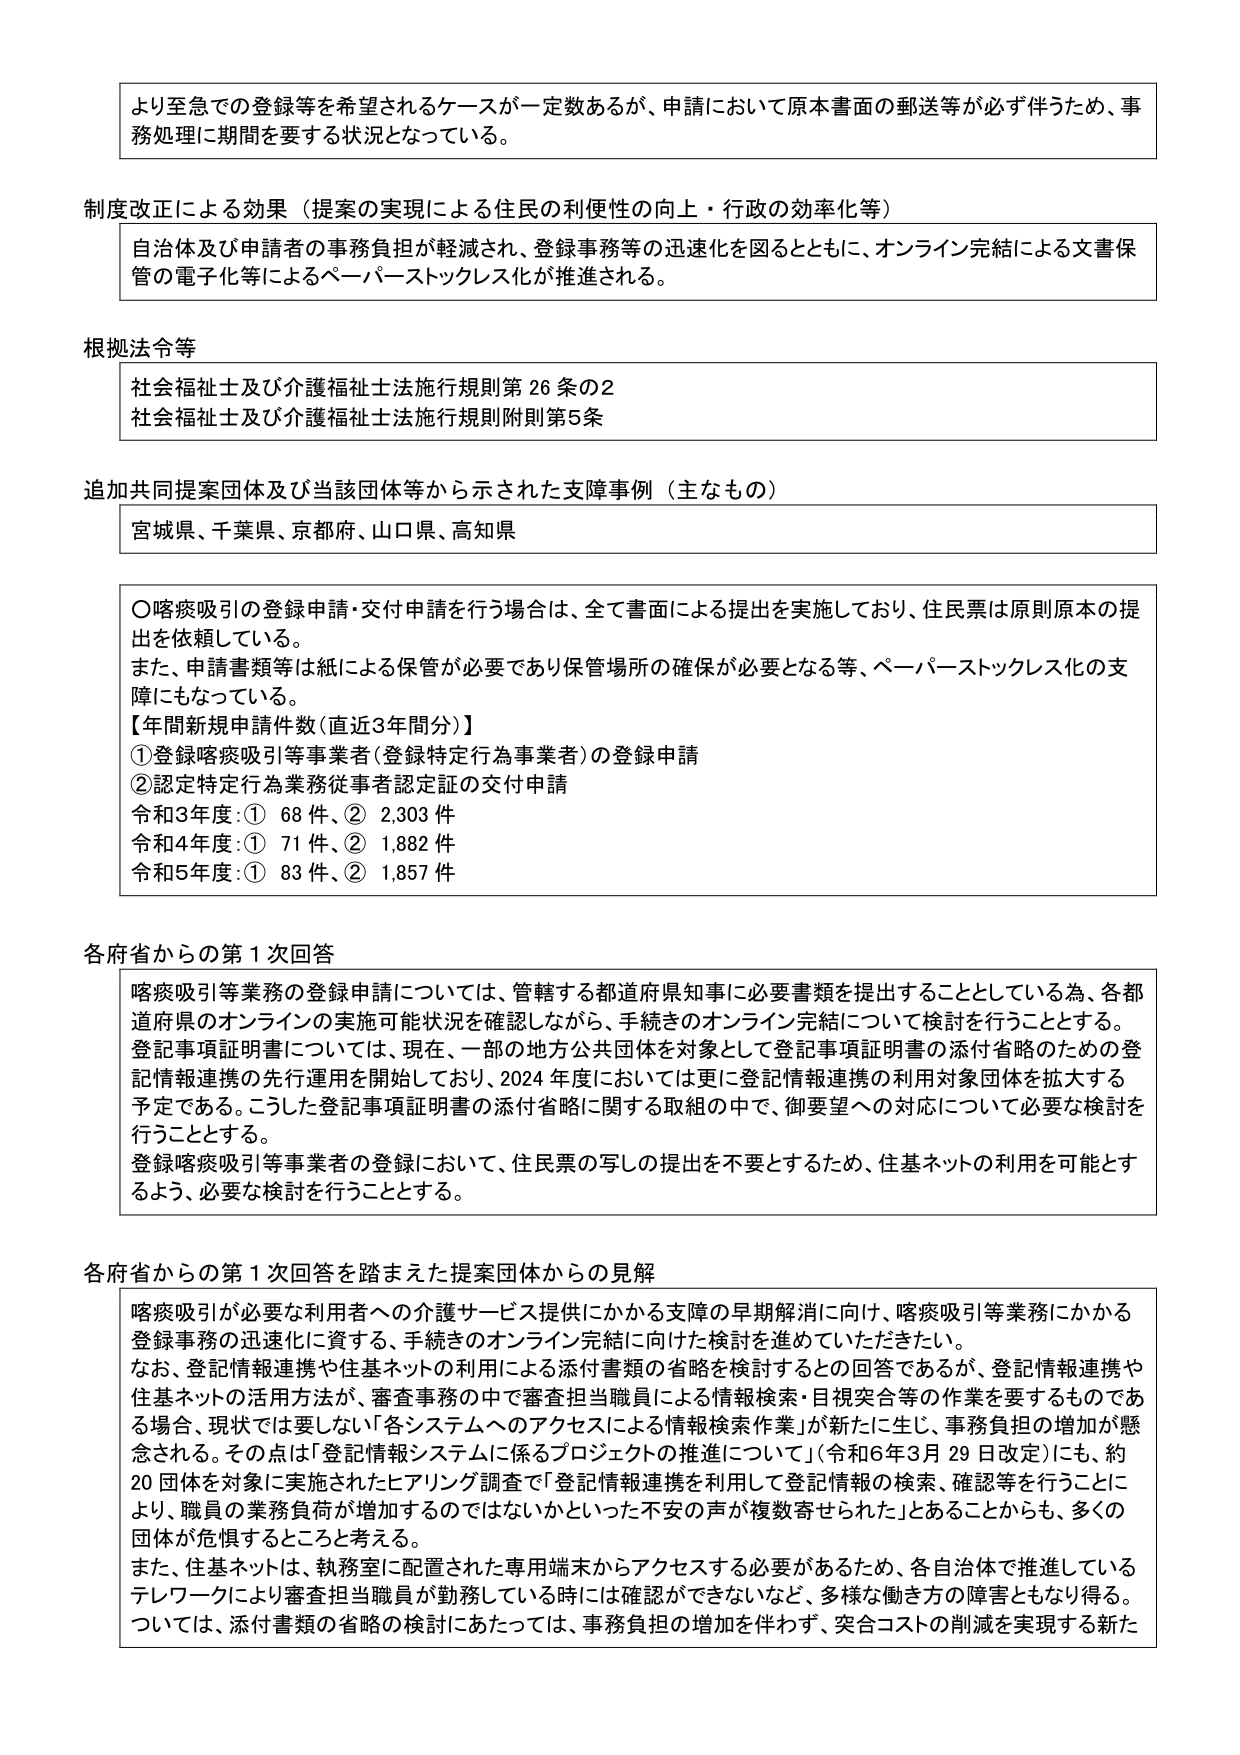
より至急での登録等を希望されるケースが一定数あるが、申請において原本書面の郵送等が必ず伴うため、事務処理に期間を要する状況となっている。

制度改正による効果（提案の実現による住民の利便性の向上・行政の効率化等）
自治体及び申請者の事務負担が軽減され、登録事務等の迅速化を図るとともに、オンライン完結による文書保管の電子化等によるペーパーストックレス化が推進される。

根拠法令等
社会福祉士及び介護福祉士法施行規則第26条の2
社会福祉士及び介護福祉士法施行規則附則第5条

追加共同提案団体及び当該団体等から示された支障事例（主なもの）
宮城県、千葉県、京都府、山口県、高知県

〇喀痰吸引の登録申請・交付申請を行う場合は、全て書面による提出を実施しており、住民票は原則原本の提出を依頼している。
また、申請書類等は紙による保管が必要であり保管場所の確保が必要となる等、ペーパーストックレス化の支障にもなっている。
【年間新規申請件数（直近3年間分）】
①登録喀痰吸引等事業者（登録特定行為事業者）の登録申請
②認定特定行為業務従事者認定証の交付申請
令和3年度：① 68件、② 2,303件
令和4年度：① 71件、② 1,882件
令和5年度：① 83件、② 1,857件

各府省からの第1次回答
喀痰吸引等業務の登録申請については、管轄する都道府県知事に必要書類を提出することとしている為、各都道府県のオンラインの実施可能状況を確認しながら、手続きのオンライン完結について検討を行うこととする。
登記事項証明書については、現在、一部の地方公共団体を対象として登記事項証明書の添付省略のための登記情報連携の先行運用を開始しており、2024年度においては更に登記情報連携の利用対象団体を拡大する予定である。こうした登記事項証明書の添付省略に関する取組の中で、御要望への対応について必要な検討を行うこととする。
登録喀痰吸引等事業者の登録において、住民票の写しの提出を不要とするため、住基ネットの利用を可能とするよう、必要な検討を行うこととする。

各府省からの第1次回答を踏まえた提案団体からの見解
喀痰吸引が必要な利用者への介護サービス提供にかかる支援の早期解消に向け、喀痰吸引等業務にかかる登録事務の迅速化に資する、手続きのオンライン完結に向けた検討を進めていただきたい。
なお、登記情報連携や住基ネットの利用による添付書類の省略を検討するとの回答であるが、登記情報連携や住基ネットの活用方法が、審査事務の中で審査担当職員による情報検索・目視突合等の作業を要するものである場合、現状では要しない「各システムへのアクセスによる情報検索作業」が新たに生じ、事務負担の増加が懸念される。その点は「登記情報システムに係るプロジェクトの推進について」（令和6年3月29日改定）にも、約20団体を対象に実施されたヒアリング調査で「登記情報連携を利用して登記情報の検索、確認等を行うことにより、職員の業務負荷が増加するのではないかといった不安の声が複数寄せられた」とあることからも、多くの団体が危惧するところと考える。
また、住基ネットは、執務室に配置された専用端末からアクセスする必要があるため、各自治体で推進しているテレワークにより審査担当職員が勤務している時には確認ができないなど、多様な働き方の障害ともなり得る。
ついては、添付書類の省略の検討にあたっては、事務負担の増加を伴わず、突合コストの削減を実現する新たな